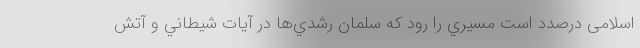
اسلامی درصدد است مسيري را رود كه سلمان رشدي‌ها در آيات شيطاني و آتش